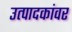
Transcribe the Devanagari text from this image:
उत्पादकांवर